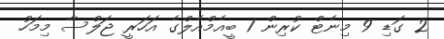
2 ގަޑި 9 މިނެޓް ކުރިން 1 ބީއެމްއެލްގެ އަހަރީ ޖަލްސާ މިމަހު